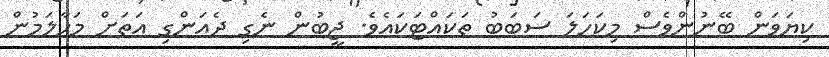
ކިޔަވަން ބޭނުންވެސް މިކަހަލަ ސަބަބު ތަކައްޓަކައެވެ. ޖީބުން ނެގި ދެއަންގި އަތަށް މަހާލަމުން